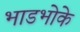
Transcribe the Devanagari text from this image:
भाडभोके